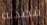
قصدته